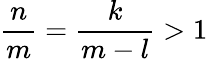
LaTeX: \frac{n}{m}=\frac{k}{m-l}>1